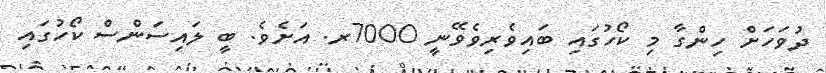
ދުވަހަށް ހިންގާ މި ކޯހުގައި ބައިވެރިވެވޭނީ 7000ރ. އަށެވެ. ބީ ލައިސަންސް ކޯހުގައި